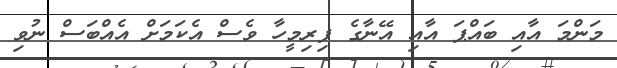
މަންމަ އާއި ބައްޕަ އާއި އޭނާގެ ފިރިމީހާ ވެސް އެކަމަށް އެއްބަސް ނުވި